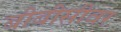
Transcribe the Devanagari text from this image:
बीबीसीवर